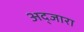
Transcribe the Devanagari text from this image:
अद्जारा